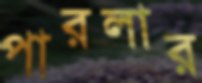
পারলার